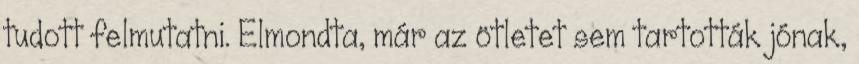
tudott felmutatni. Elmondta, már az ötletet sem tartották jónak,